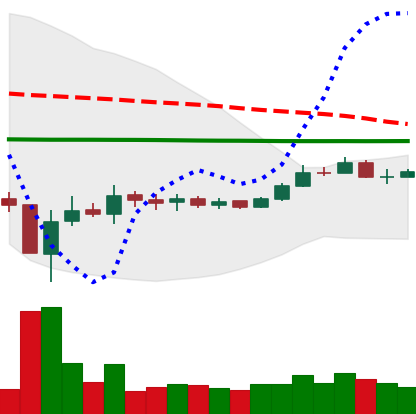
Ticker: BTC-USD
Chart end date: 2015-09-11
Forward return: -4.588%
Label: down_3_5